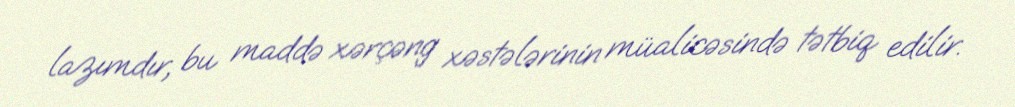
lazımdır, bu maddə xərçəng xəstələrinin müalicəsində tətbiq edilir.